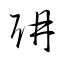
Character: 耼